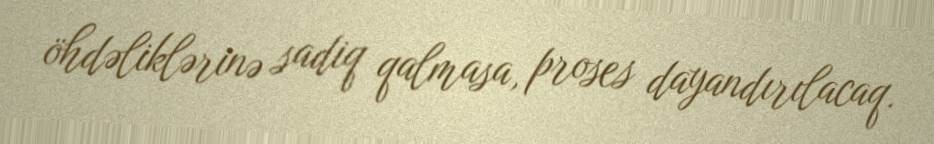
öhdəliklərinə sadiq qalmasa, proses dayandırılacaq.